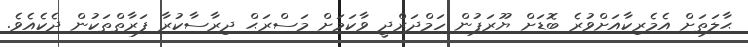
ޙާލަތަށް އެމެރިކާއަށްވުރެ ބޮޑަށް ޔޫރަޕުން ހަމްދަރްދީ ވާކަމަށް މަސްރަޙް ދިރާސާކުރާ ފަރާތްތަކުން ދެކެއެވެ.